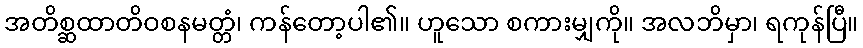
အတိစ္ဆထာတိဝစနမတ္တံ၊ ကန်တော့ပါ၏။ ဟူသော စကားမျှကို။ အလဘိမှာ၊ ရကုန်ပြီ။